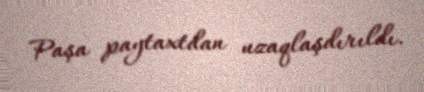
Paşa paytaxtdan uzaqlaşdırıldı.